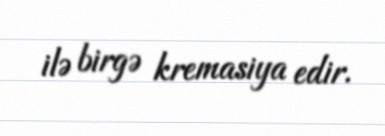
ilə birgə kremasiya edir.